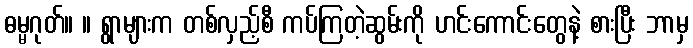
ဓမ္မဂုတ်။ ။ ရွာများက တစ်လှည့်စီ ကပ်ကြတဲ့ဆွမ်းကို ဟင်းကောင်းတွေနဲ့ စားပြီး ဘာမှ